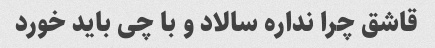
قاشق چرا نداره سالاد و با چی باید خورد